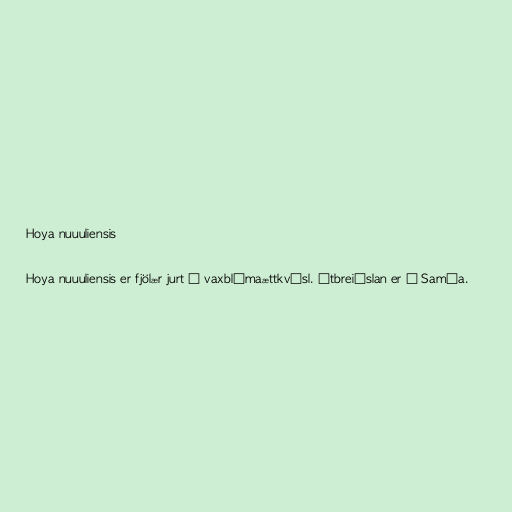
Hoya nuuuliensis

Hoya nuuuliensis er fjölær jurt í vaxblómaættkvísl. Útbreiðslan er á Samóa.